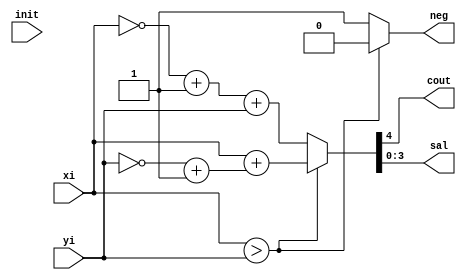
module res4b(init, xi, yi, cout, sal, neg);

  input init;
  input [2:0] xi;
  input [2:0] yi;
  output reg cout;
  output reg [3:0] sal;
  output reg neg;
  
  always@(*)begin
  
  if(xi>yi)begin
    {cout, sal} = xi + (~yi + 1);
    neg = 0;
  end else begin 
    {cout, sal} = (~xi + 1) + yi;
    neg = 1;
  end  
  end

endmodule